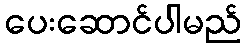
ပေးဆောင်ပါမည်